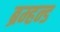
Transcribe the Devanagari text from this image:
ब्रम्हन्ड